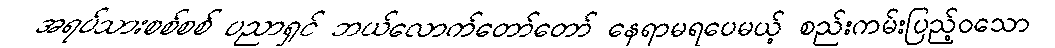
အရပ်သားစစ်စစ် ပညာရှင် ဘယ်လောက်တော်တော် နေရာမရပေမယ့် စည်းကမ်းပြည့်ဝသော